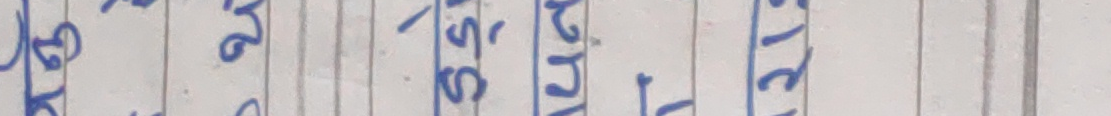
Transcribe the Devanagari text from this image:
ढिक्की शुल्क दिन प्रति व्यक्ति